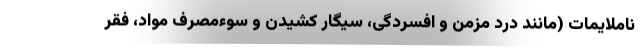
ناملایمات (مانند درد مزمن و افسردگی، سیگار کشیدن و سوءمصرف مواد، فقر